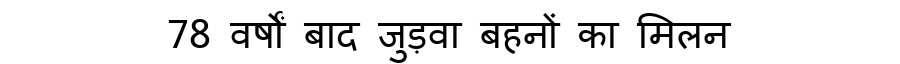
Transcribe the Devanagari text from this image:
78 वर्षों बाद जुड़वा बहनों का मिलन